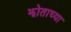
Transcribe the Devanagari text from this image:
झोताच्या